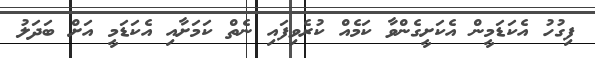
ފިގުހު އެކަޑަމީން އެކަށީގެންވާ ކަމެއް ކުރެވިފައި ނެތް ކަމަށާއި އެކަޑަމީ އަށް ބަދަލު